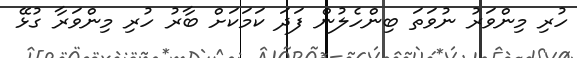
ހުރި މިންވަރު ނުވަތަ ބިންހެލުން ފަދަ ކަމަކަށް ބާރު ހުރި މިންވަރާ ގުޅޭ